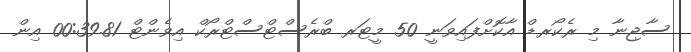
ސާޖިނާ މި ރެކޯރޑް އާކޮށްފައިވަނީ 50 މީޓަރ ބްރެސްޓްސްޓްރޯކް އިވެންޓް 00:39.81 އިން